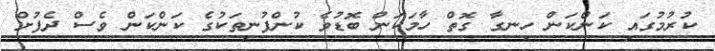
ކުރުމުގައި ކަންކަން ހިނގާ ގޮތް ހާމަކަން ބޮޑުވެ ކުންފުނިތަކުގެ ކަންކަން ވެސް ދެފުށް